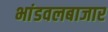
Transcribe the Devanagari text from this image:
भांडवलबाजार